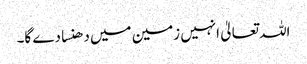
اللہ تعالیٰ انہیں زمین میں دھنسا دے گا۔